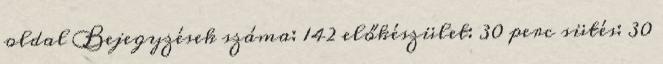
oldal Bejegyzések száma: 142 előkészület: 30 perc sütés: 30